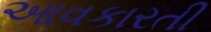
આવકારતી